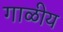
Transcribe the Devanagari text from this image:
गाळीय